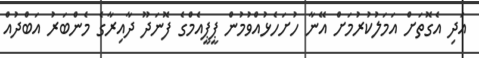
އަދި އެގޮތަށް އަމަލުކުރުމަށް އޭނާ ހުށަހެޅުއްވުމުން ޕީޕީއެމްގެ ފޮނަދޫ ދާއިރާގެ މެންބަރު އަބްދުއް